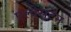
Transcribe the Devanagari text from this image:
एल्वेसटेन